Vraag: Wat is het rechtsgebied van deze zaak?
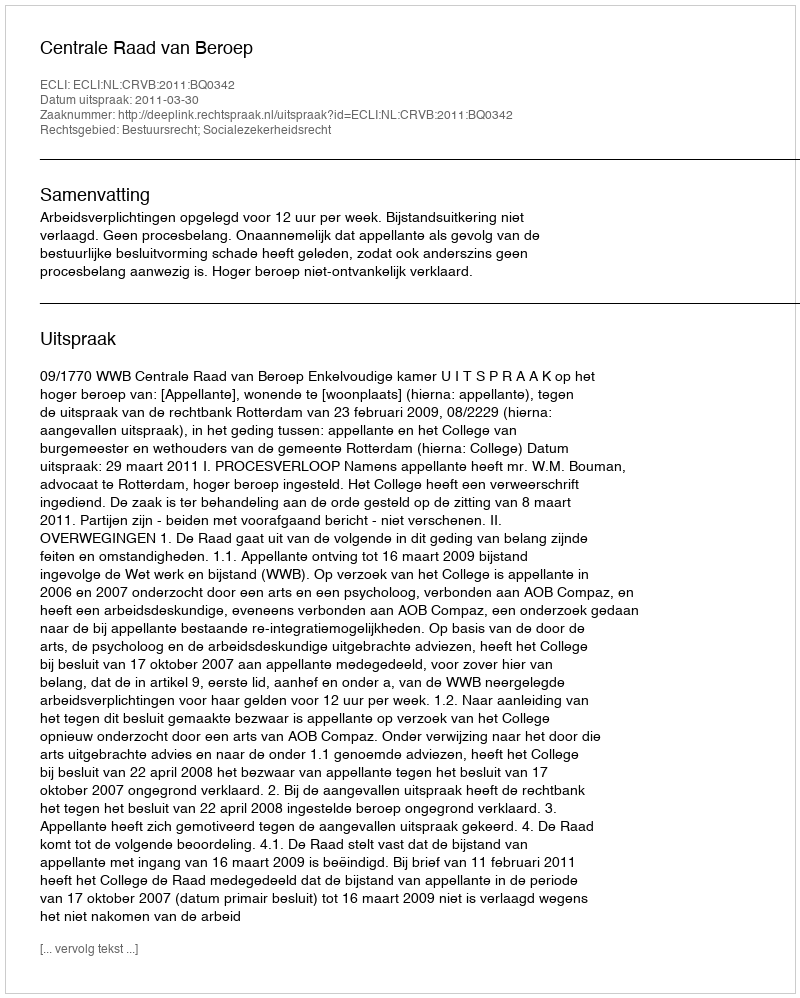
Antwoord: Bestuursrecht; Socialezekerheidsrecht